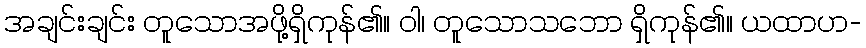
အချင်းချင်း တူသောအဖို့ရှိကုန်၏။ ဝါ၊ တူသောသဘော ရှိကုန်၏။ ယထာဟ-